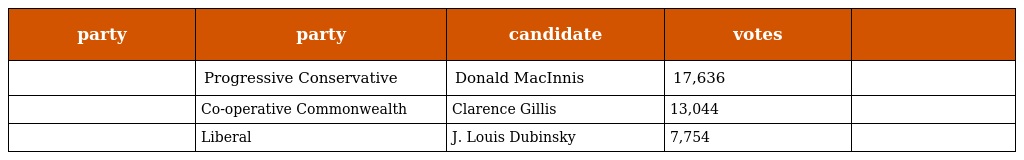
| party | party | candidate | votes |  |
 | --- | --- | --- | --- | --- |
 |  | Progressive Conservative | Donald MacInnis | 17,636 |  |
 |  | Co-operative Commonwealth | Clarence Gillis | 13,044 |  |
 |  | Liberal | J. Louis Dubinsky | 7,754 |  |